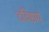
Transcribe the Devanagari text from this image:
दविष्ठाय